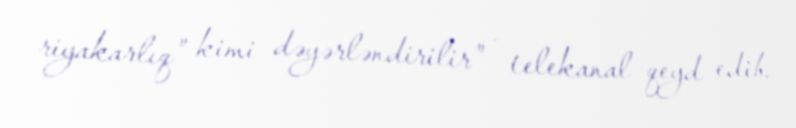
riyakarlıq” kimi dəyərləndirilir" - telekanal qeyd edib.